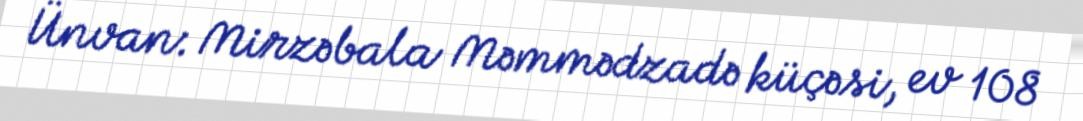
Ünvan: Mirzəbala Məmmədzadə küçəsi, ev 108